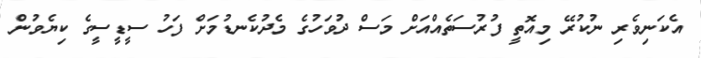
އެކަނިވެރި ނުކުރޭ މިއޮތީ ފުރުސަތެއްއަށް މަސް ދުވަހުގެ މެދުކެނޑުމަށް ފަހު ސީޑީސީގެ ކިޔެވުން